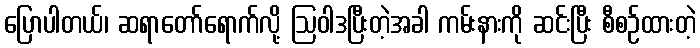
ပြောပါတယ်၊ ဆရာတော်ရောက်လို့ ဩဝါဒပြီးတဲ့အခါ ကမ်းနားကို ဆင်းပြီး စီစဉ်ထားတဲ့